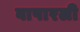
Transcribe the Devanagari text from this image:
वापारली